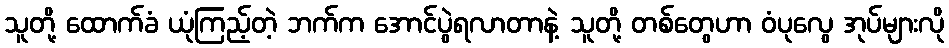
သူတို့ ထောက်ခံ ယုံကြည့်တဲ့ ဘက်က အောင်ပွဲရလာတာနဲ့ သူတို့ တစ်တွေဟာ ဝံပုလွေ အုပ်များလို